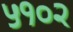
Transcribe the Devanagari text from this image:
५१०२